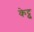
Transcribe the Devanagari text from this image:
केट्टु